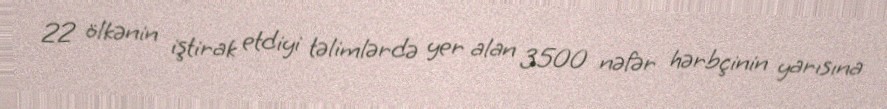
22 ölkənin iştirak etdiyi təlimlərdə yer alan 3500 nəfər hərbçinin yarısına